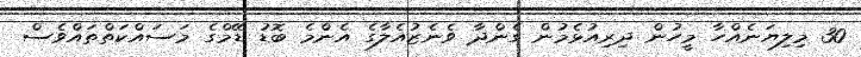
30 މިލިޔަނެއްހާ މީހުން ދިރިއުޅެމުން ގެންދާ ވެނެޒުއެލާގެ އެންމެ ބޮޑު ޑޭމްގެ މަސައްކަތްތައްވެސް